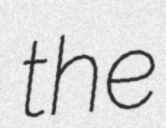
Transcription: the